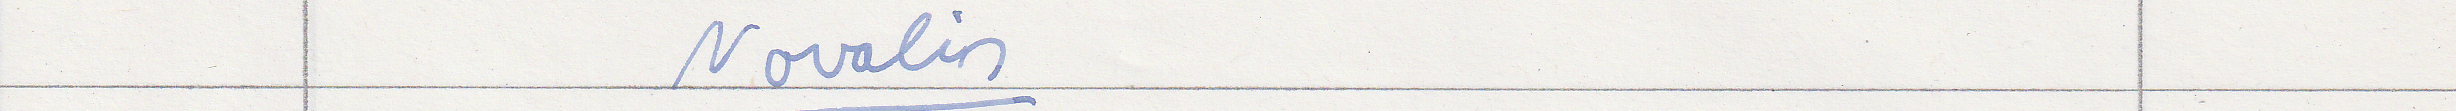
Novalis